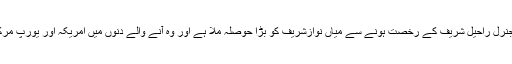
میاں صاحب اس قوم پرستی سے خائف ہیں مگر جنرل راحیل شریف کے رخصت ہونے سے میاں نوازشریف کو بڑا حوصلہ ملا ہے اور وہ آنے والے دنوں میں امریکہ اور یورپ مرکز اور بھارت نواز ہونے کا اظہار کرسکتے ہیں۔